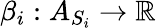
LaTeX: \beta_{i}:A_{S_{i}}\rightarrow\mathbb{R}